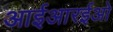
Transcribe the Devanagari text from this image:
आईआरईओ